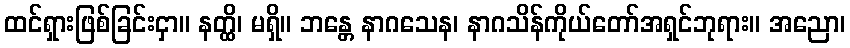
ထင်ရှားဖြစ်ခြင်းငှာ။ နတ္ထိ၊ မရှိ။ ဘန္တေ နာဂသေန၊ နာဂသိန်ကိုယ်တော်အရှင်ဘုရား။ အညော၊